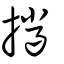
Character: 擸